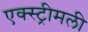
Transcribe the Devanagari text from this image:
एक्स्ट्रीमली